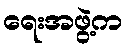
ရေးအဖွဲ့က